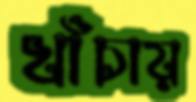
খাঁচায়